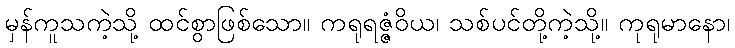
မှန်ကူသကဲ့သို့ ထင်စွာဖြစ်သော။ ကရုရဇ္ဇံဝိယ၊ သစ်ပင်တို့ကဲ့သို့။ ကုရုမာနော၊